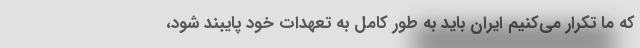
که ما تکرار می‌کنیم ایران باید به طور کامل به تعهدات خود پایبند شود،